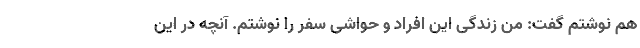
هم نوشتم گفت: من زندگی این افراد و حواشی سفر را نوشتم. آنچه در این